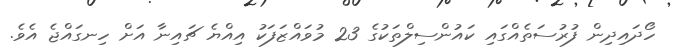
ހޯދައިދިން ފުރުސަތެއްގައި ކައުންސިލްތަކުގެ 23 މުވައްޒަފަކު އިއްޔެ ޗައިނާ އަށް ހިނގައްޖެ އެވެ.